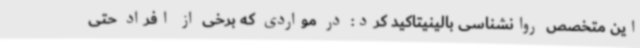
این متخصص روانشناسی بالینیتاکید کرد: در مواردی که برخی از افراد حتی